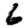
Digit: 6